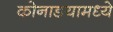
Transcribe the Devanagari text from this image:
कोनाडयामध्ये